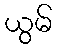
ယွမ်